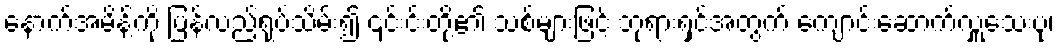
နောက်အမိန့်ကို ပြန်လည်ရုပ်သိမ်း၍ ၎င်းင်းတို့၏ သစ်များဖြင့် ဘုရားရှင်အတွက် ကျောင်းဆောက်လှူသေးပုံ၊